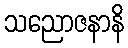
သညောဇနာနိ